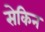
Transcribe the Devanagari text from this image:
सेकिन